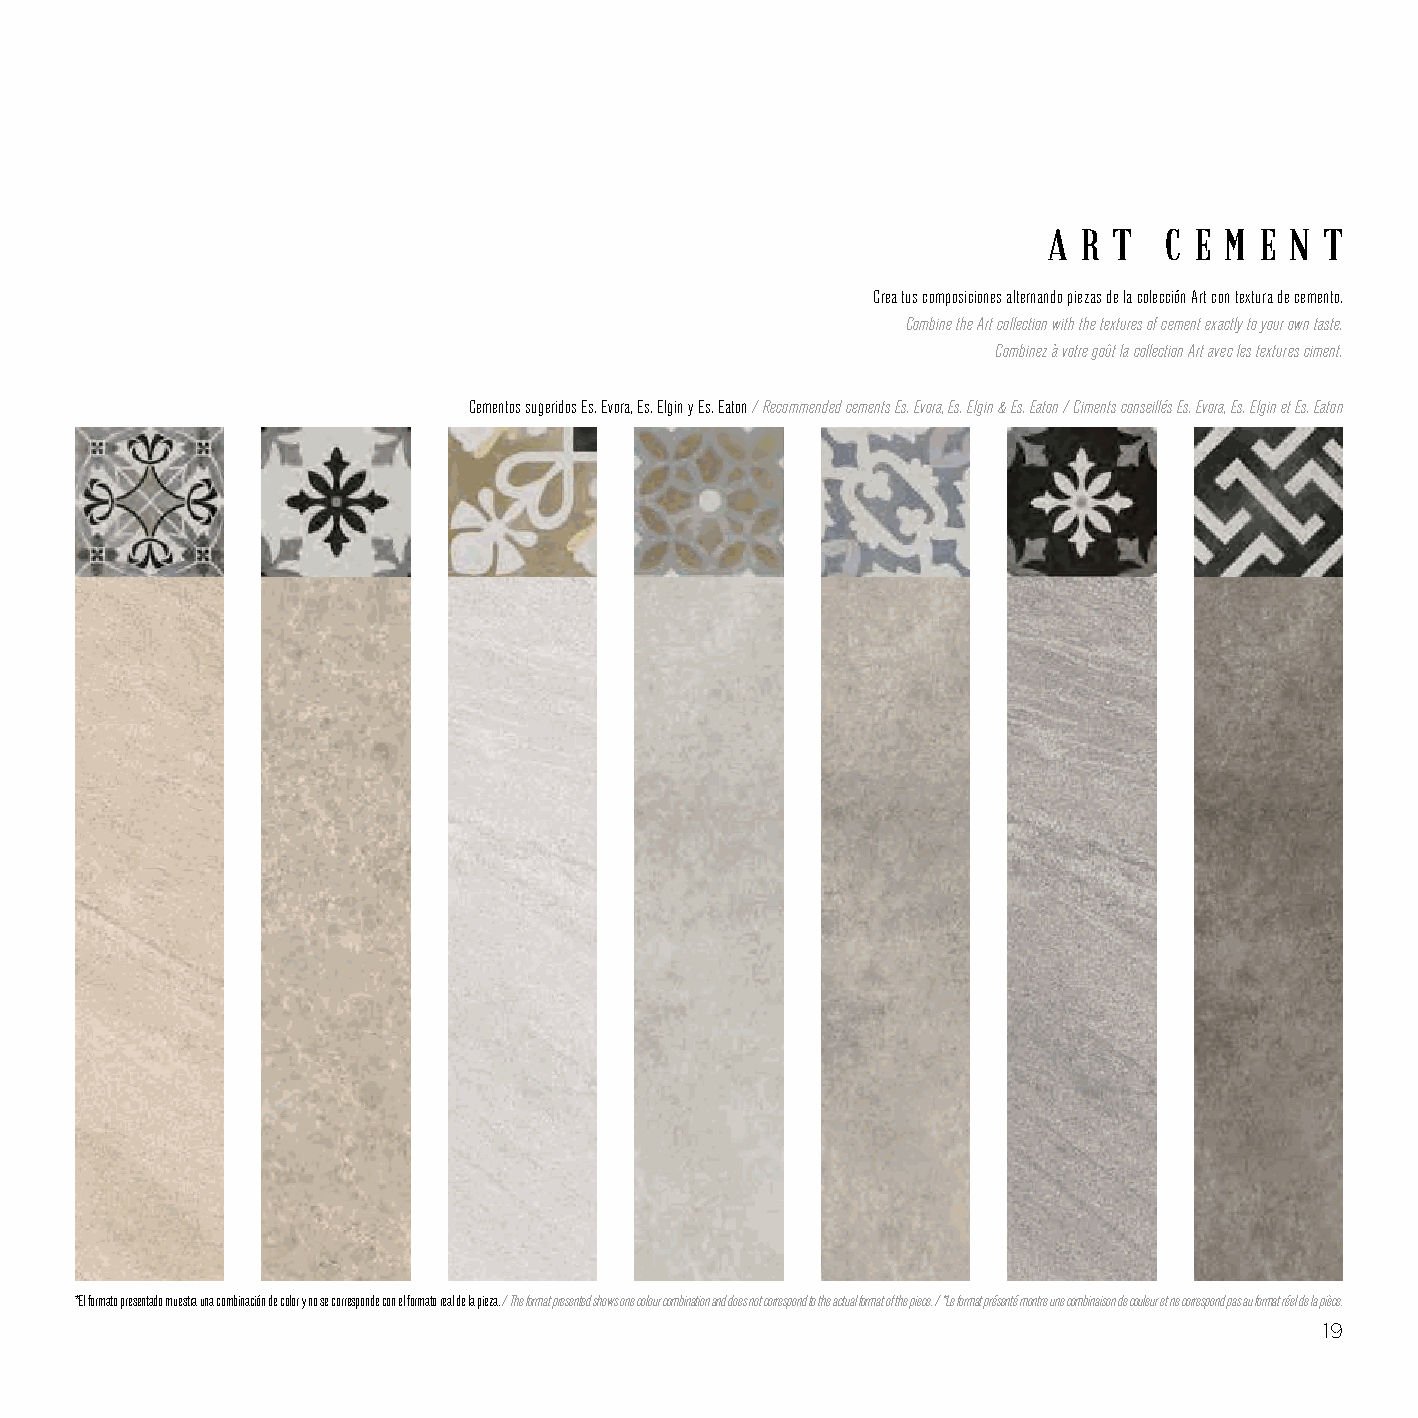
AA RR TT CC EE MM EE NN TT
 Crea tus composiciones alternando piezas de la colección Art con textura de cemento.
 Combine the Art collection with the textures of cement exactly to your own taste.
 Combinez à votre goût la collection Art avec les textures ciment.
 Cementos sugeridos Es. Evora, Es. Elgin y Es. Eaton / Recommended cements Es. Evora, Es. Elgin & Es. Eaton / Ciments conseillés Es. Evora, Es. Elgin et Es. Eaton
 *El formato presentado muestra una combinación de color y no se corresponde con el formato real de la pieza. / The format presented shows one colour combination and does not correspond to the actual format of the piece. / *Le format présenté montre une combinaison de couleur et ne correspond pas au format réel de la pièce. *El formato presentado muestra una combinación de color y no se corresponde con el formato real de la pieza. / The format presented shows one colour combination and does not correspond to the actual format of the piece. / *Le format présenté montre une combinaison de couleur et ne correspond pas au format réel de la pièce.
 19